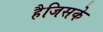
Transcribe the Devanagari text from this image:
हैजिसके